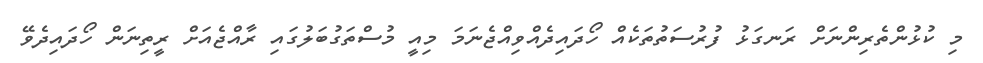
މި ކުޅުންތެރިންނަށް ރަނގަޅު ފުރުސަތުތަކެއް ހޯދައިދެއްވިއްޖެނަމަ މިއީ މުސްތަގުބަލުގައި ރާއްޖެއަށް ރީތިނަން ހޯދައިދެވޭ